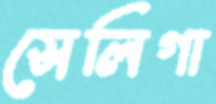
সেলিগা